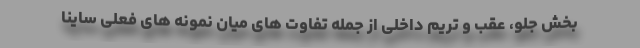
بخش جلو، عقب و تریم داخلی از جمله تفاوت های میان نمونه های فعلی ساینا